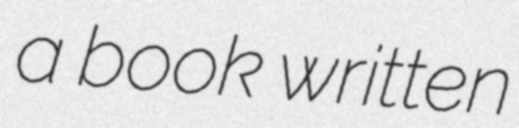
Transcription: a book written